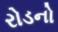
રોડનો